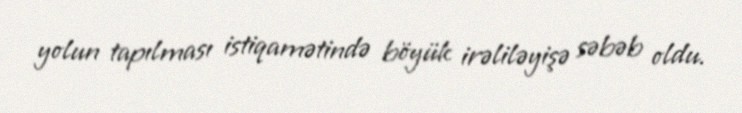
yolun tapılması istiqamətində böyük irəliləyişə səbəb oldu.